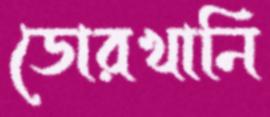
ডোরখানি